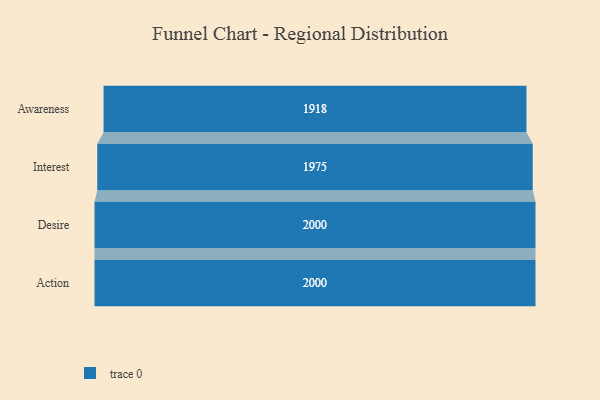
{"axis": {"x": "Stage", "y": "Value"}, "legend": [""], "data": [{"x": "Awareness", "y": 1918.0, "type": ""}, {"x": "Interest", "y": 1975.0, "type": ""}, {"x": "Desire", "y": 2000, "type": ""}, {"x": "Action", "y": 2000, "type": ""}]}